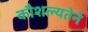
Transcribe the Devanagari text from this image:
कौशल्यतेने